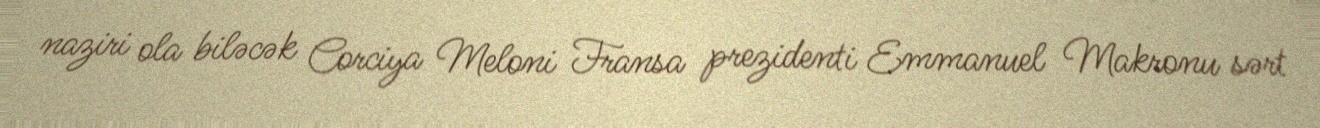
naziri ola biləcək Corciya Meloni Fransa prezidenti Emmanuel Makronu sərt